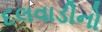
દલવાડીનો